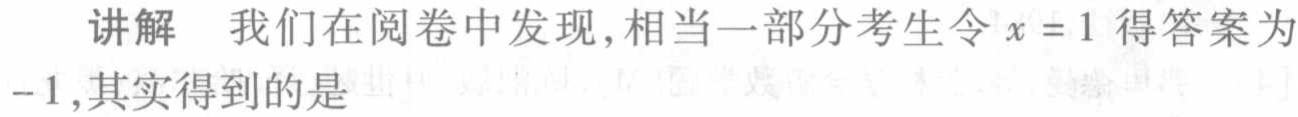
讲解 我们在阅卷中发现,相当一部分考生令\(x = 1\)得答案为\(-1\),其实得到的是